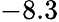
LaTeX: -8.3